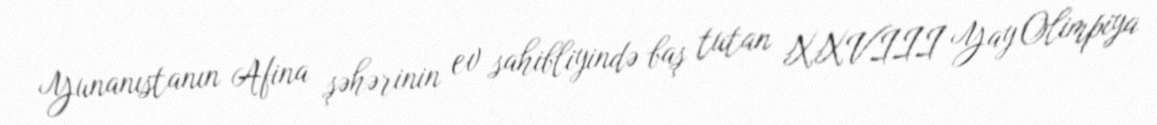
Yunanıstanın Afina şəhərinin ev sahibliyində baş tutan XXVIII Yay Olimpiya